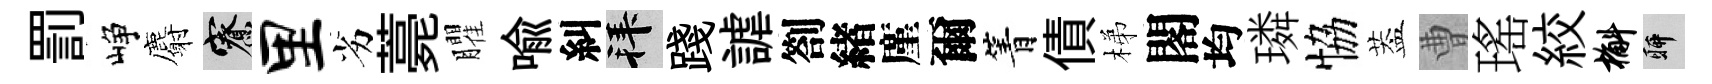
罰峥麝寮里劣薧臞喻糾拜踐謔劄緖廑爾箐債梯閣均璘恊葢曹瑤絞槲聊